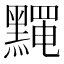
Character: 𪒎